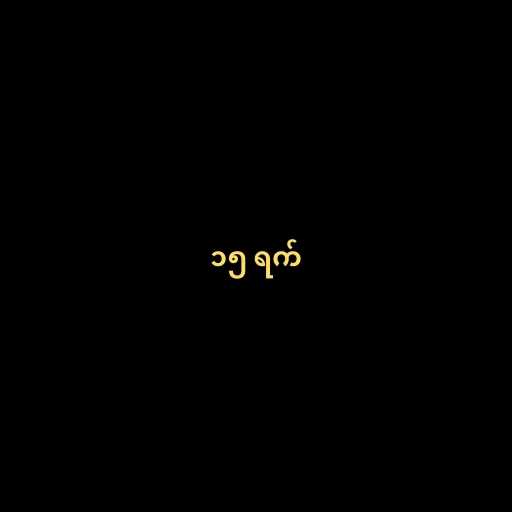
၁၅ ရက်